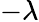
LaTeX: -\lambda